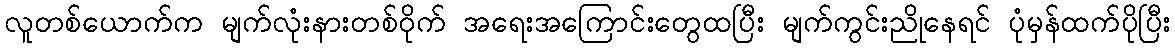
လူတစ်ယောက်က မျက်လုံးနားတစ်ဝိုက် အရေးအကြောင်းတွေထပြီး မျက်ကွင်းညိုနေရင် ပုံမှန်ထက်ပိုပြီး